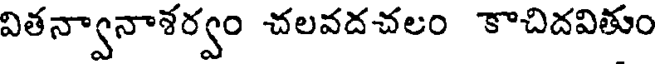
వితన్వానాశర్వం చలవదచలం కాచిదవితుం